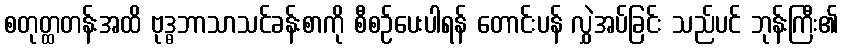
စတုတ္ထတန်းအထိ ဗုဒ္ဓဘာသာသင်ခန်းစာကို စီစဉ်ပေးပါရန် တောင်းပန် လွှဲအပ်ခြင်း သည်ပင် ဘုန်းကြီး၏